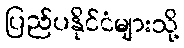
ပြည်ပနိုင်ငံများသို့